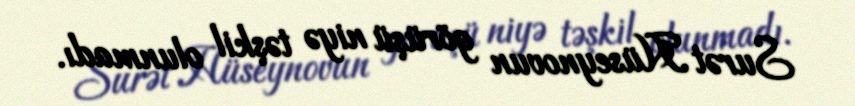
Surət Hüseynovun görüşü niyə təşkil olunmadı.